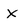
Character: x